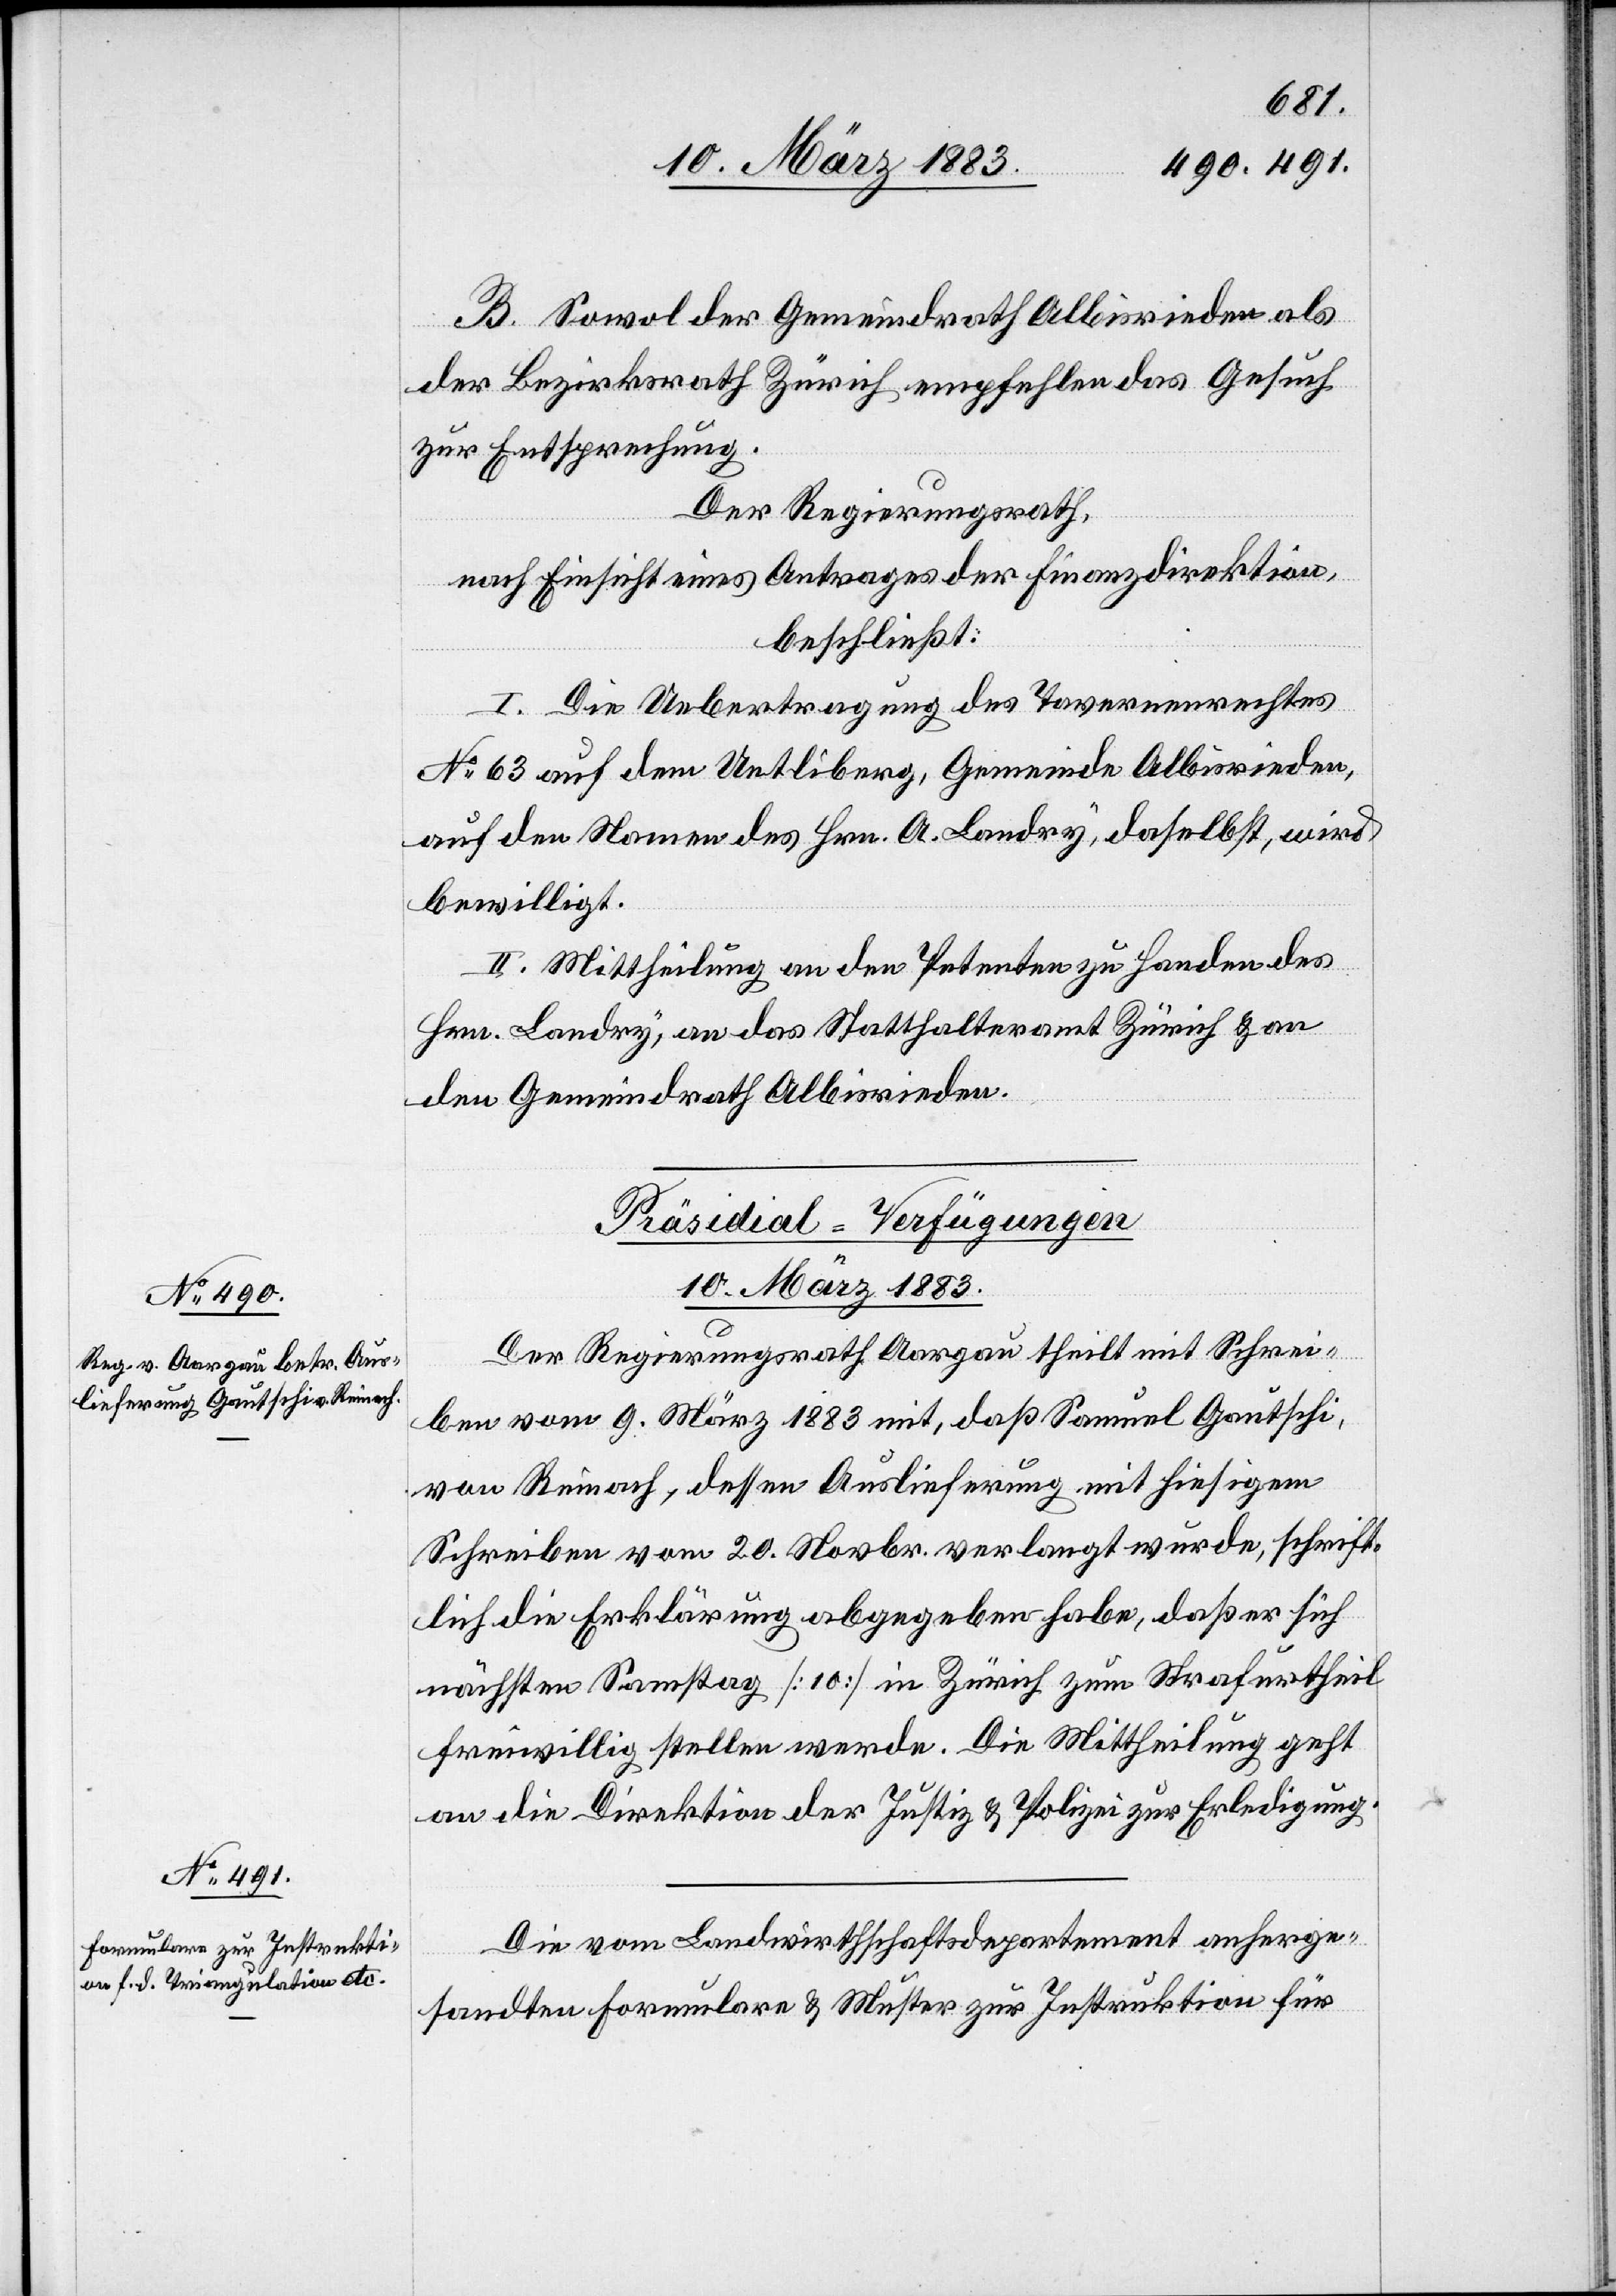
Febr.
dem Regierungsrathe
beschließt:
8. März 1883
an die Direktion der öffentlichen Arbeiten zur Vollziehung.